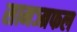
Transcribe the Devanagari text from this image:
सामञ्त्रफल